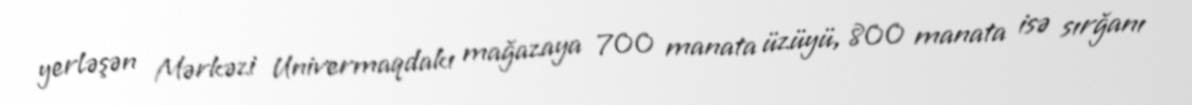
yerləşən Mərkəzi Univermaqdakı mağazaya 700 manata üzüyü, 800 manata isə sırğanı